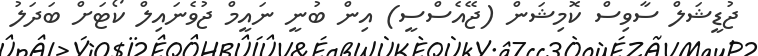
ޖުޑީޝަލް ސާވިސް ކޮމިޝަން (ޖޭއެސްސީ) އިން ބުނީ ނައީމް ޖުވެނައިލް ކޯޓަށް ބަދަލު